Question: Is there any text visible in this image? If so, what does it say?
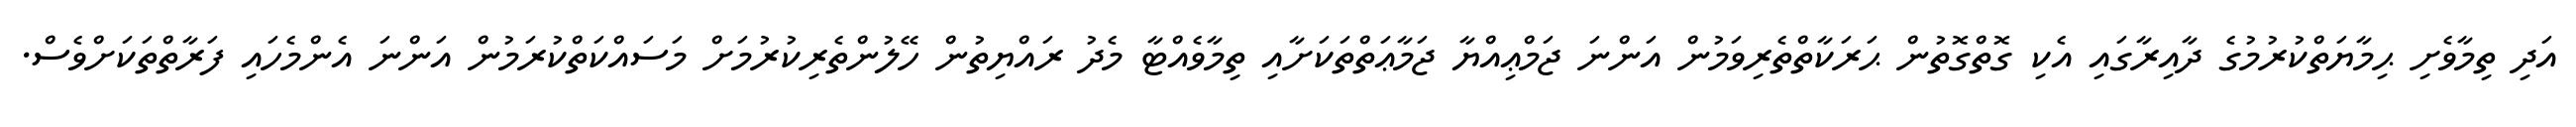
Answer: އަދި ތިމާވެށި ޙިމާޔަތްކުރުމުގެ ދާއިރާގައި އެކި ގޮތްގޮތުން ޙަރަކާތްތެރިވަމުން އަންނަ ޖަމްޢިއްޔާ ޖަމާޢަތްތަކަށާއި ތިމާވެއްޓާ މެދު ރައްޔިތުން ހޭލުންތެރިކުރުމަށް މަސައްކަތްކުރަމުން އަންނަ އެންމެހައި ފަރާތްތަކަށްވެސް.